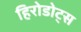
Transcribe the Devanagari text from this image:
हिरोडोट्स